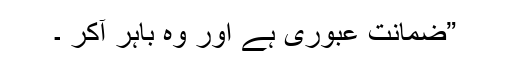
”ضمانت عبوری ہے اور وہ باہر آکر ۔